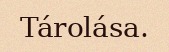
Tárolása.